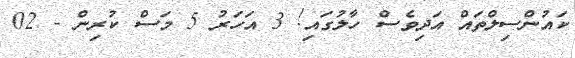
ކައުންސިލްތައް އަދިވެސް ހާލުގައި! 3 އަހަރު 5 މަސް ކުރިން - 02